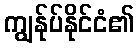
ကျွန်ုပ်နိုင်ငံ၏